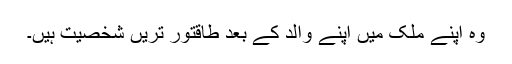
وہ اپنے ملک میں اپنے والد کے بعد طاقتور تریں شخصیت ہیں۔